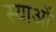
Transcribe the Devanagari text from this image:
स्याओं